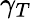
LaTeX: \gamma_{T}